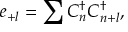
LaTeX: e _ { + l } = \sum C _ { n } ^ { \dagger } C _ { n + l } ^ { \dagger } ,